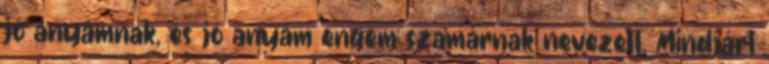
jó anyámnak, és jó anyám engem szamárnak nevezett. Mindjárt